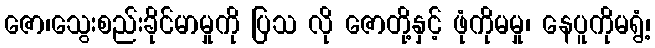
ဇော၊သွေးစည်းခိုင်မာမှုကို ပြသ လို ဇောတို့နှင့် ဖုံကိုမမှု၊ နေပူကိုမရွံ့၊